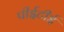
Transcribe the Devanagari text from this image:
पीईटीई